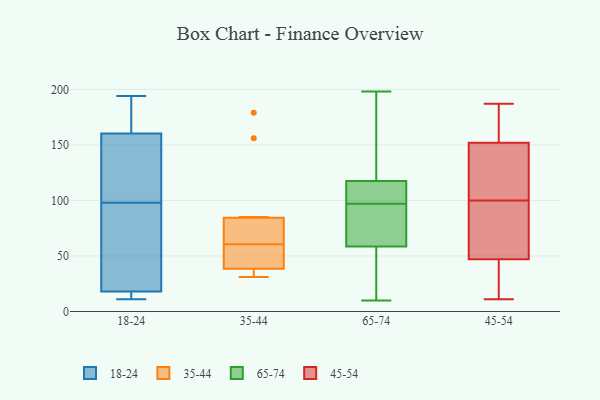
{"axis": {"x": "Bounce Rate (%)", "y": "Value"}, "legend": ["18-24", "35-44", "45-54", "65-74"], "data": [{"x": "", "y": 182, "type": "18-24"}, {"x": "", "y": 16, "type": "18-24"}, {"x": "", "y": 74, "type": "18-24"}, {"x": "", "y": 15, "type": "18-24"}, {"x": "", "y": 98, "type": "18-24"}, {"x": "", "y": 11, "type": "18-24"}, {"x": "", "y": 21, "type": "18-24"}, {"x": "", "y": 97, "type": "18-24"}, {"x": "", "y": 194, "type": "18-24"}, {"x": "", "y": 168, "type": "18-24"}, {"x": "", "y": 17, "type": "18-24"}, {"x": "", "y": 104, "type": "18-24"}, {"x": "", "y": 182, "type": "18-24"}, {"x": "", "y": 137, "type": "18-24"}, {"x": "", "y": 118, "type": "18-24"}, {"x": "", "y": 85, "type": "35-44"}, {"x": "", "y": 35, "type": "35-44"}, {"x": "", "y": 179, "type": "35-44"}, {"x": "", "y": 55, "type": "35-44"}, {"x": "", "y": 41, "type": "35-44"}, {"x": "", "y": 156, "type": "35-44"}, {"x": "", "y": 61, "type": "35-44"}, {"x": "", "y": 84, "type": "35-44"}, {"x": "", "y": 68, "type": "35-44"}, {"x": "", "y": 36, "type": "35-44"}, {"x": "", "y": 31, "type": "35-44"}, {"x": "", "y": 60, "type": "35-44"}, {"x": "", "y": 88, "type": "65-74"}, {"x": "", "y": 111, "type": "65-74"}, {"x": "", "y": 93, "type": "65-74"}, {"x": "", "y": 10, "type": "65-74"}, {"x": "", "y": 119, "type": "65-74"}, {"x": "", "y": 85, "type": "65-74"}, {"x": "", "y": 28, "type": "65-74"}, {"x": "", "y": 110, "type": "65-74"}, {"x": "", "y": 116, "type": "65-74"}, {"x": "", "y": 170, "type": "65-74"}, {"x": "", "y": 21, "type": "65-74"}, {"x": "", "y": 61, "type": "65-74"}, {"x": "", "y": 135, "type": "65-74"}, {"x": "", "y": 58, "type": "65-74"}, {"x": "", "y": 198, "type": "65-74"}, {"x": "", "y": 195, "type": "65-74"}, {"x": "", "y": 59, "type": "65-74"}, {"x": "", "y": 45, "type": "65-74"}, {"x": "", "y": 114, "type": "65-74"}, {"x": "", "y": 101, "type": "65-74"}, {"x": "", "y": 13, "type": "45-54"}, {"x": "", "y": 174, "type": "45-54"}, {"x": "", "y": 11, "type": "45-54"}, {"x": "", "y": 101, "type": "45-54"}, {"x": "", "y": 60, "type": "45-54"}, {"x": "", "y": 152, "type": "45-54"}, {"x": "", "y": 47, "type": "45-54"}, {"x": "", "y": 99, "type": "45-54"}, {"x": "", "y": 167, "type": "45-54"}, {"x": "", "y": 146, "type": "45-54"}, {"x": "", "y": 35, "type": "45-54"}, {"x": "", "y": 171, "type": "45-54"}, {"x": "", "y": 15, "type": "45-54"}, {"x": "", "y": 187, "type": "45-54"}, {"x": "", "y": 102, "type": "45-54"}, {"x": "", "y": 48, "type": "45-54"}, {"x": "", "y": 57, "type": "45-54"}, {"x": "", "y": 111, "type": "45-54"}]}